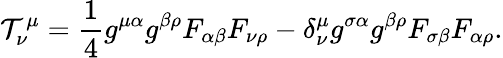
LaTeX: {\cal\mathcal{T}}_{\nu}^{\mu}=\frac{{1}}{{4}}g^{\mu\alpha}g^{\beta\rho}F_{\alpha\beta}F_{\nu\rho}-\delta_{\nu}^{\mu}g^{\sigma\alpha}g^{\beta\rho}F_{\sigma\beta}F_{\alpha\rho}.